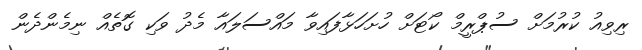
ރިވިއު ކުރުމަށް ސުޕްރީމް ކޯޓަށް ހުށަހަޅާފައިވާ މައްސަލައާ މެދު ވަކި ގޮތެއް ނިމެންދެން